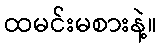
ထမင်းမစားနဲ့။